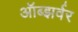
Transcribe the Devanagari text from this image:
ऑब्झर्वर